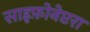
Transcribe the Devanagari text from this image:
साइफ़ोनेप्टरा